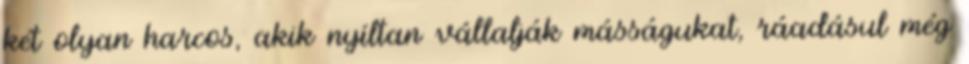
két olyan harcos, akik nyíltan vállalják másságukat, ráadásul még